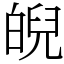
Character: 𤾆